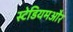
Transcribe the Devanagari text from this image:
स्टेडियमऔर